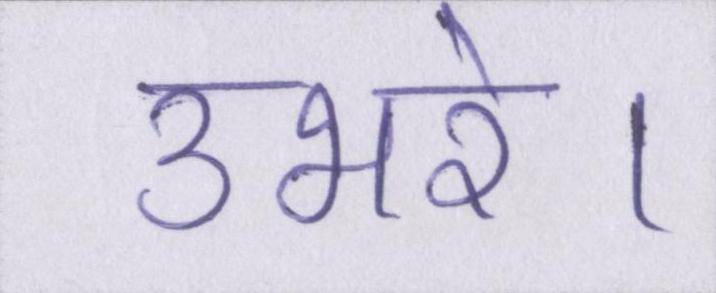
उभरे।